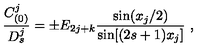
{ \frac { C _ { ( 0 ) } ^ { j } } { D _ { s } ^ { j } } } = \pm E _ { 2 j + k } { \frac { \mathrm { s i n } { ( x _ { j } / 2 ) } } { \mathrm { s i n } { [ ( 2 s + 1 ) x _ { j } } ] } } \ ,